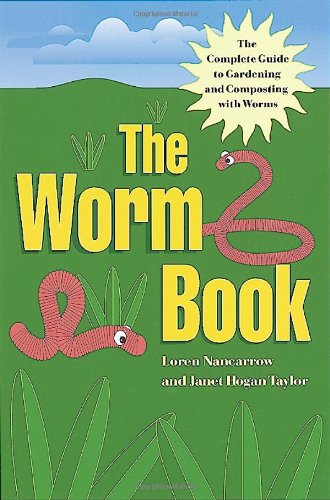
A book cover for The Worm Book: The Complete Guide to Gardening and Composting with Worms; Loren Nancarrow; Crafts, Hobbies & Home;